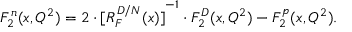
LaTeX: F _ { 2 } ^ { n } ( x , Q ^ { 2 } ) = 2 \cdot { [ R _ { F } ^ { D / N } ( x ) ] } ^ { - 1 } \cdot F _ { 2 } ^ { D } ( x , Q ^ { 2 } ) - F _ { 2 } ^ { p } ( x , Q ^ { 2 } ) .